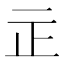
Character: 㱏